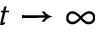
t \to \infty